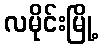
လမိုင်းမြို့